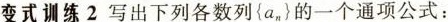
变式训练2 写出下列各数列{a_n}的一个通项公式：